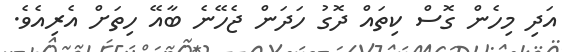
އަދި މިހެން ގޮސް ކިތައް ދޮގު ހަދަން ޖެހޭނެ ބާއޭ ހިތަށް އެރިއެވެ.